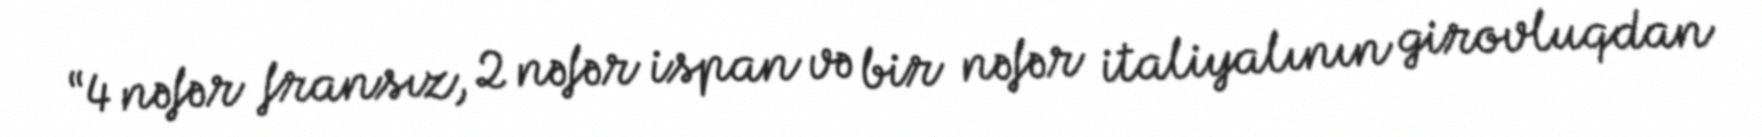
“4 nəfər fransız, 2 nəfər ispan və bir nəfər italiyalının girovluqdan